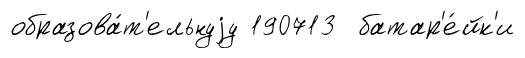
образова́т'ельнуjу 190713 батар'е́йк'и